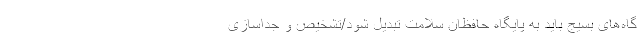
گاه‌های بسیج باید به پایگاه حافظان سلامت تبدیل ‌شود/تشخیص و جداسازی